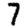
Digit: 7